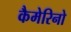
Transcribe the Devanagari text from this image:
कैमेरिनो